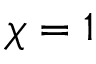
\chi = 1